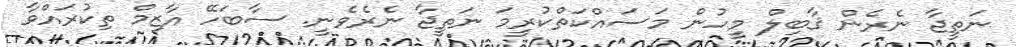
ނަތީޖާ ނެރެން ޤާބިލް މީހުން މަސައްކަތްކުރީމަ ނަތީޖާ ނެރެވެނީ. ސާބަހޭ އާޒިމް ތިކުރައްވާ